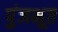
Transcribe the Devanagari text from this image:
पुंजभूत